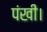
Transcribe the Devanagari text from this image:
पंखी।